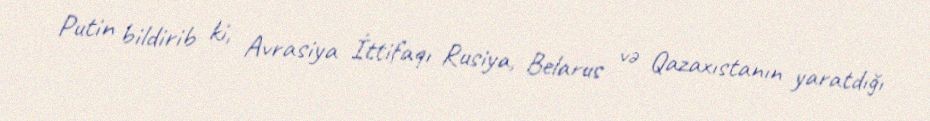
Putin bildirib ki, Avrasiya İttifaqı Rusiya, Belarus və Qazaxıstanın yaratdığı